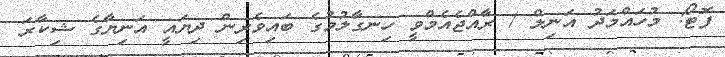
ފޮޓޯ: މުހައްމަދު އަނިލް / ރާއްޖެއެމްވީ ހިނގާލުމުގެ ބައިވެރިން ދިޔައީ އަނިޔާގެ ޝިކާރަ